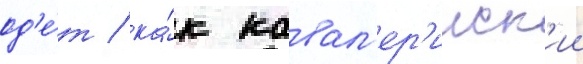
од'е́т / ка́к кавал'ер'ииск'ии